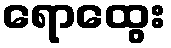
ရောထွေး